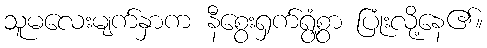
သူမလေးမျက်နှာက နီစွေးရှက်ရွံ့စွာ ပြုံးလို့နေ၏။